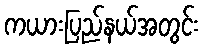
ကယားပြည်နယ်အတွင်း